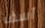
آسف